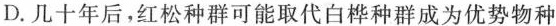
D.几十年后，红松种群可能取代白桦种群成为优势物种